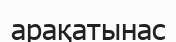
арақатынас